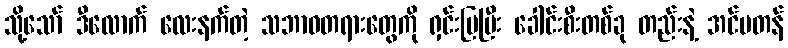
သို့သော် ဒီလောက် လေးနက်တဲ့ သဘာဝတရားတွေကို ရှင်းပြပြီး ခေါင်းစီးတစ်ခု တည်းနဲ့ အင်မတန်